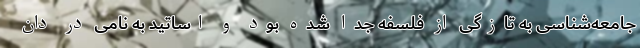
جامعه‌شناسی به تازگی از فلسفه جدا شده بود و اساتید به نامی در دان